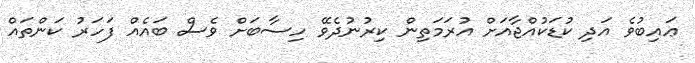
ޢައިބުވެ އަދި ކުޑަކުއްޖާއަށް އުރަމަތިން ކިރުނުދެވޭ ހިސާބަށް ވެސް ބައެއް ފަހަރު ކަންތައް